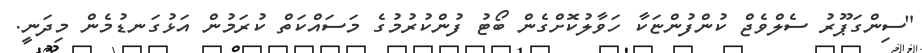
"ސިންގަޕޫރު ސެލްވެޖް ކުންފުންޏަކާ ހަވާލުކޮށްގެން ބޯޓު ފުންކުރުމުގެ މަސައްކަތް ކުރަމުން އަޅުގަނޑުމެން މިދަނީ.